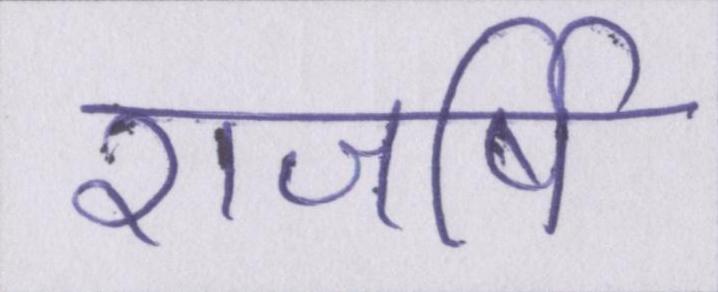
राजर्षि